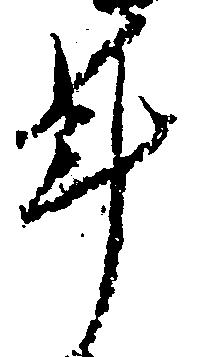
年